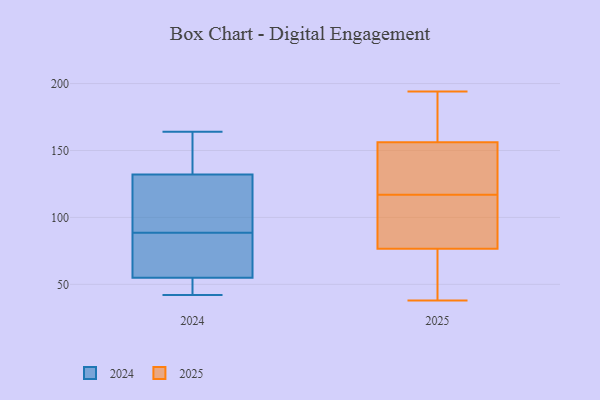
{"axis": {"x": "Shipments", "y": "Value"}, "legend": ["2024", "2025"], "data": [{"x": "", "y": 51, "type": "2024"}, {"x": "", "y": 130, "type": "2024"}, {"x": "", "y": 42, "type": "2024"}, {"x": "", "y": 59, "type": "2024"}, {"x": "", "y": 164, "type": "2024"}, {"x": "", "y": 160, "type": "2024"}, {"x": "", "y": 48, "type": "2024"}, {"x": "", "y": 134, "type": "2024"}, {"x": "", "y": 88, "type": "2024"}, {"x": "", "y": 89, "type": "2024"}, {"x": "", "y": 120, "type": "2024"}, {"x": "", "y": 64, "type": "2024"}, {"x": "", "y": 133, "type": "2025"}, {"x": "", "y": 38, "type": "2025"}, {"x": "", "y": 84, "type": "2025"}, {"x": "", "y": 117, "type": "2025"}, {"x": "", "y": 176, "type": "2025"}, {"x": "", "y": 128, "type": "2025"}, {"x": "", "y": 74, "type": "2025"}, {"x": "", "y": 194, "type": "2025"}, {"x": "", "y": 107, "type": "2025"}, {"x": "", "y": 53, "type": "2025"}, {"x": "", "y": 164, "type": "2025"}]}